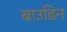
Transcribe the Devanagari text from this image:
बाउडिन